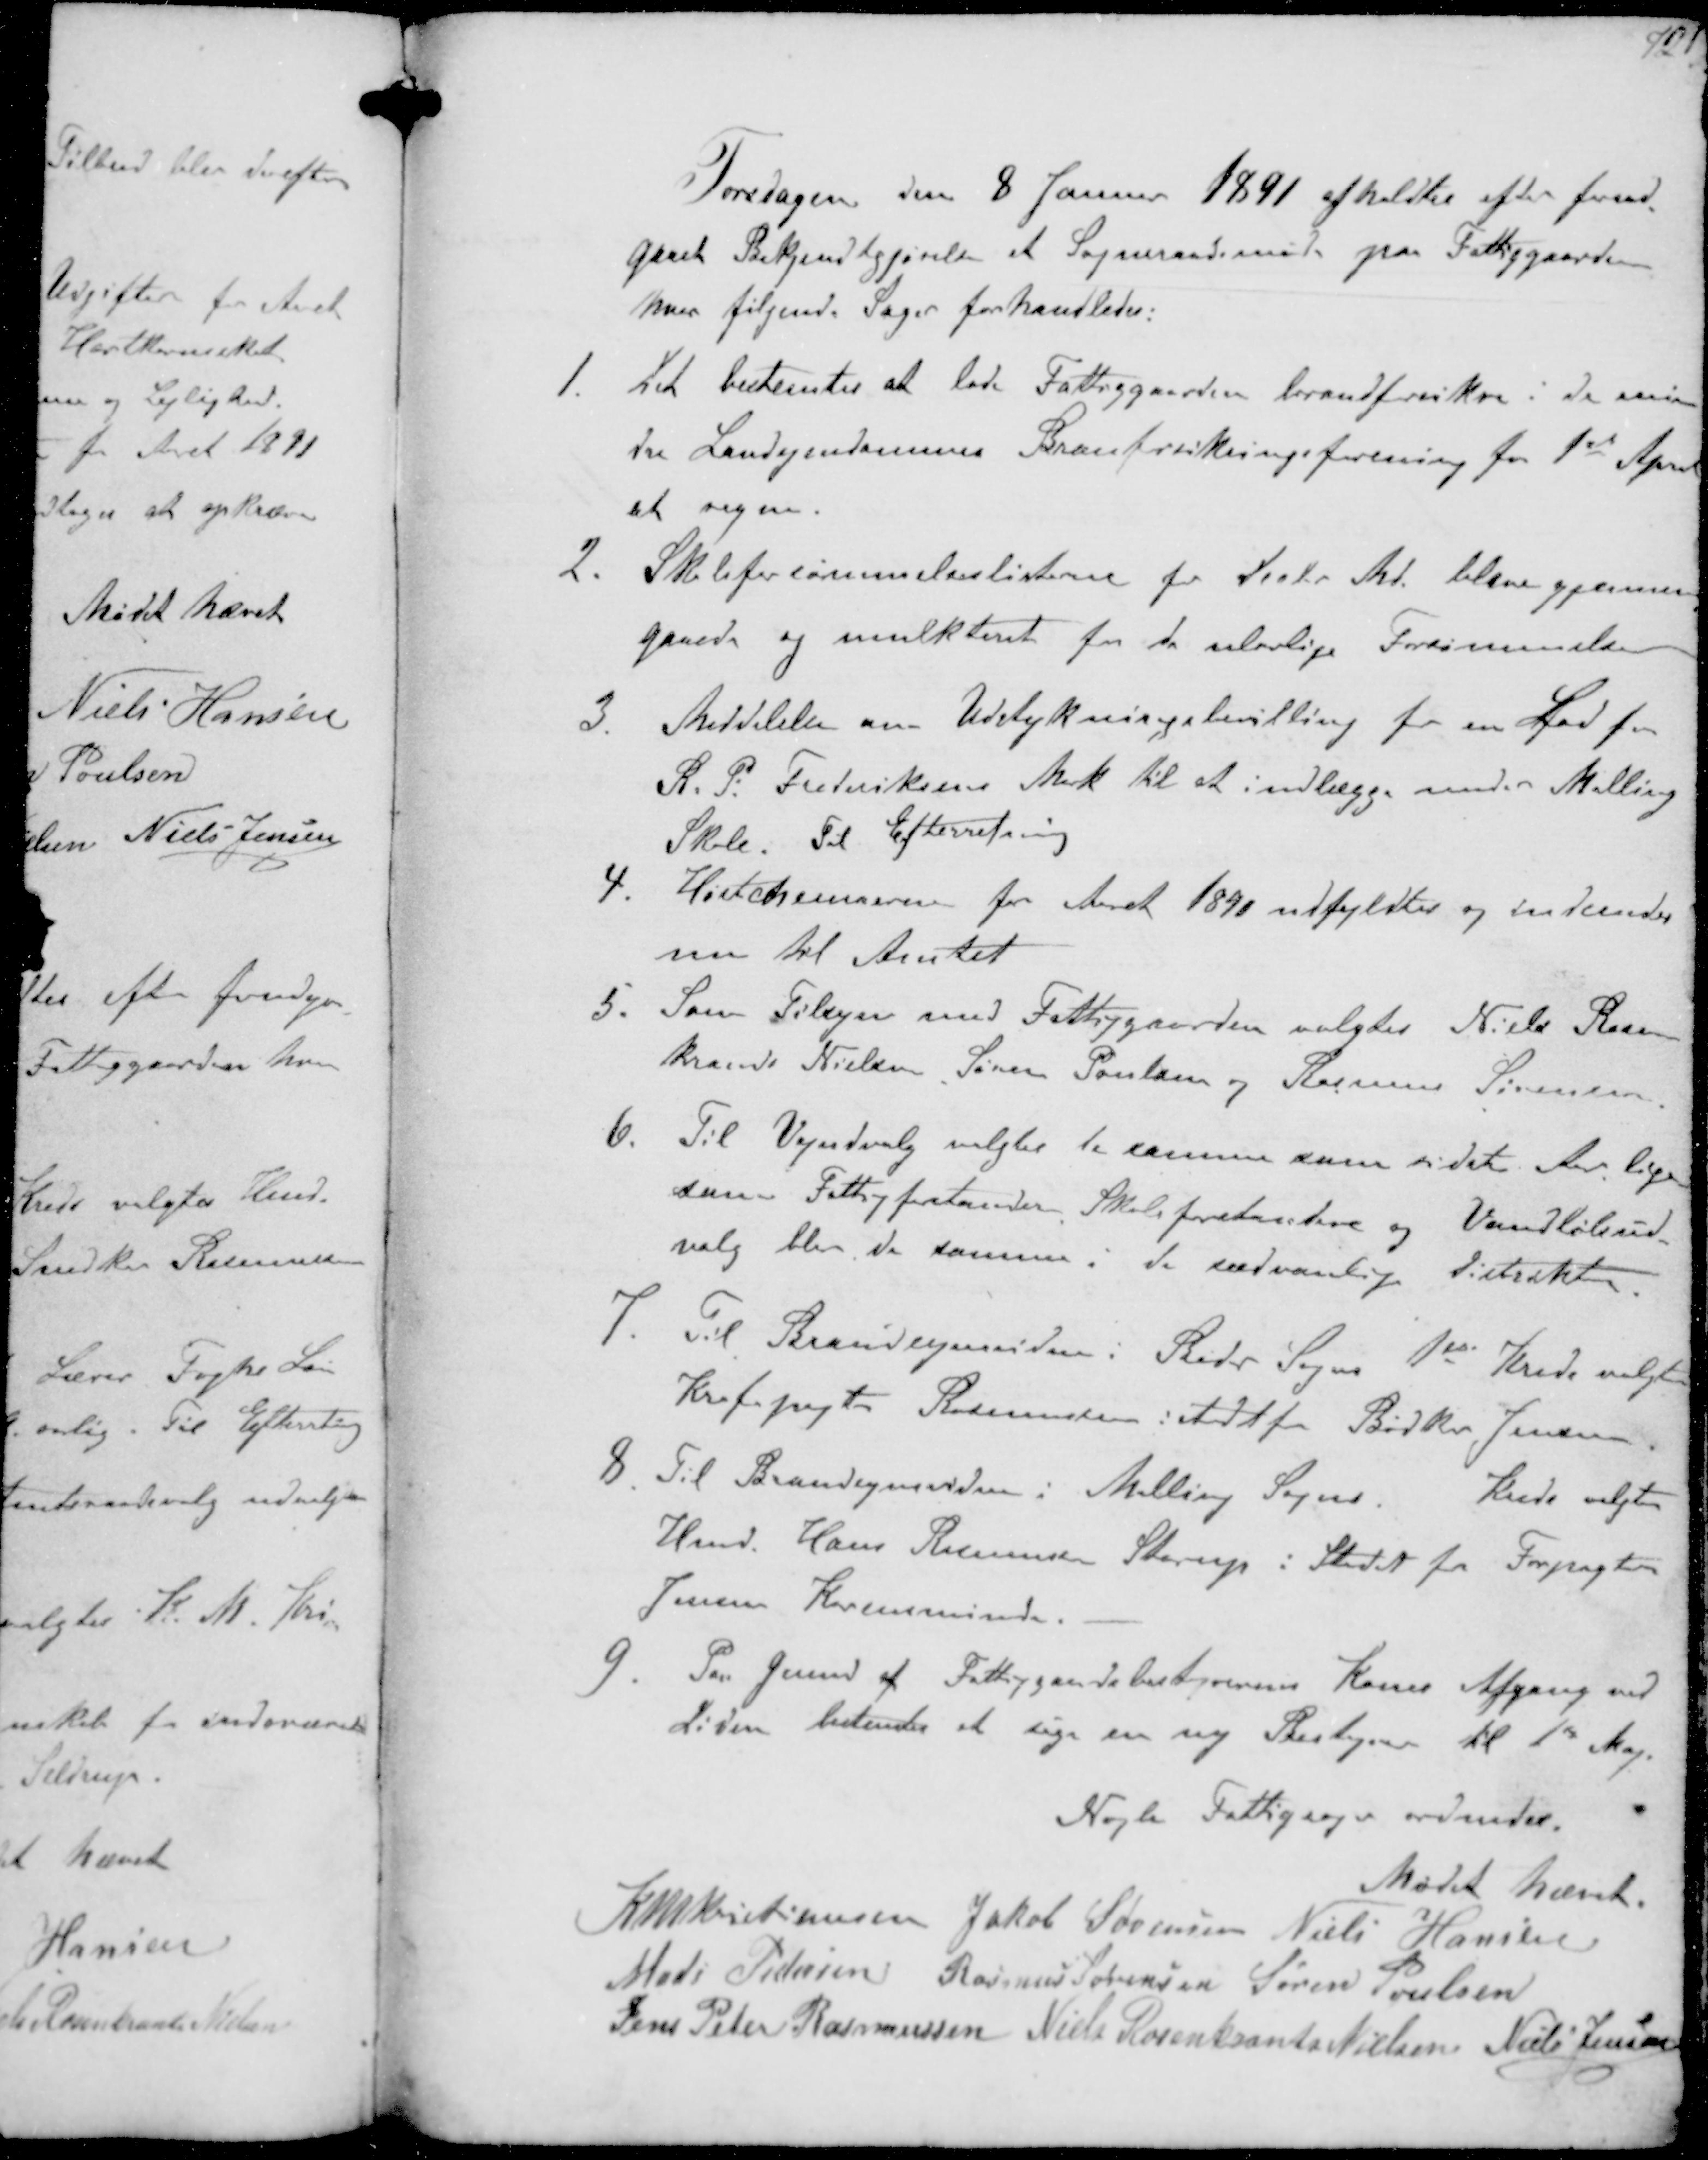
Transskription:
Torsdagen den 8 Januar 1891 afholdtes efter forud-
gaaet Bekjendtgjørelse et Sogneraadsmøde paa Fattiggaarden
hvor følgende. Sager forhandledes:
1. Det bestemtes at lade Fattiggaarden brandforsikre i de min-
dre Landejendommes Brandforsikringsforening fra 1st April
at vegne
2. Skoletorsømmelseslisterne for Decbr Md. bleve gjennem-
gaaede og mulkteret for de ulovlige Forsømmelser
3. Meddelelse om Udstykningsbevilling for en Lod fra
R.P. Frederiksens Mark til at indlægge under Malling
Skole. Til Efterretning
4. Høstchemaerne for Aaret 1890 udtyldtes og indsendes
nu til Amtet
5. Som Tilsyn med Fattiggaarden valgtes Niels Rosen-
krands Nielsen Søren Poulsen og Rasmus Sørensen
6. Til Vejudvalg valgtes de samme som sidste Aar lige-
som Fattigforstander Skoleforstandere og Vandløbsud-
valg blev de samme i de sædvanlig Distrikter
7. Til Brandsynsvidne i Beder Sogn 1st Kreds valgtes
Kroforpagter Rasmussen istedetfor Bødker Jensen
8 Til Brandsynsvidne i Malling Sogns Kreds valgtes
Hmd. Hans Ramussen Starup i Stedet for Forpagter
Jensen Karensminde
9. Paa Grund af Fattiggaardsbestyrerens Kones Afgang ved
Døden bestemtes et søge en ny Bestyrer til 1st Maj.
Nogle Fattigsager ordnedes.
Mødet hævet
K N M Kistiansen Jakob Sørensen Niels Hansen
Mads Pedersen Rasmus Sørensen Søren Poulsen
Jens Peter Rasmussen Niels Rosenkrands Nielsen Niels Jensen